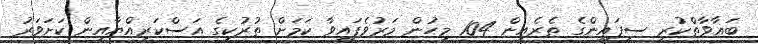
ބަޣާވާތްކުރި ސިފައިންގެ ތެރެއިން 104 މީހުން މަރުވެފައިވާ ކަމަށް ތުރުކީގެ އަސްކަރިއްޔާއިން ކަށަވަރު